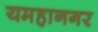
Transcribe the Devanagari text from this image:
यमहानगर